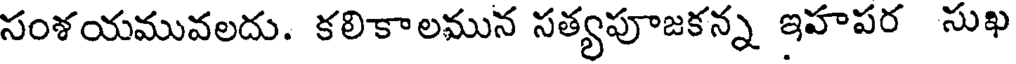
సంశయమువలదు. కలికాలమున సత్యపూజకన్న ఇహపర సుఖ